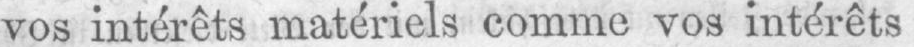
vos intérêts matériels comme vos intérêts